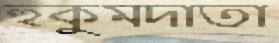
হুকুমদাতা